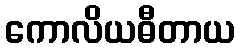
ကောလိယဓီတာယ